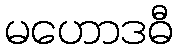
မဟောဒဓီ